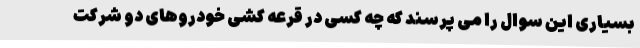
بسیاری این سوال را می پرسند که چه کسی در قرعه کشی خودروهای دو شرکت